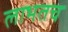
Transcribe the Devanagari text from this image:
लाभतच